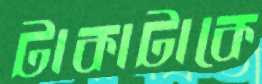
টাকাটাকে